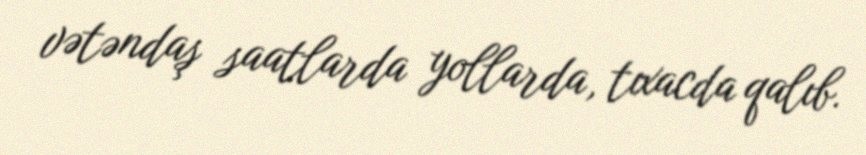
vətəndaş saatlarda yollarda, tıxacda qalıb.